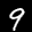
Label: 9